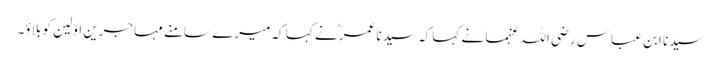
سیدنا ابن عباس رضی اللہ عنہما نے کہا کہ سیدنا عمرؓ نے کہا کہ میرے سامنے مہاجرین اوّلین کو بلاؤ۔